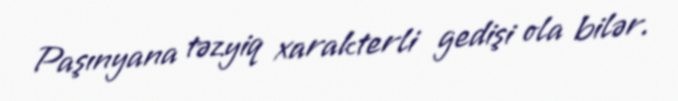
Paşınyana təzyiq xarakterli gedişi ola bilər.